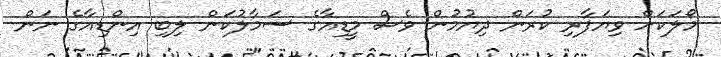
މޯލަކަށް ވިޔަފާރި ކުރަން ދިޔުމުން ވެސް މީޑިއާގެ ސަމާލުކަން ލިބި އިންޑިއާގެ ނަން